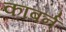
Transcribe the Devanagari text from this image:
काबर्न